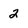
Character: 2